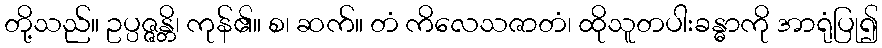
တို့သည်။ ဥပ္ပဇ္ဇန္တိ၊ ကုန်၏။ စ၊ ဆက်။ တံ ကိလေသဇာတံ၊ ထိုသူတပါးခန္ဓာကို အာရုံပြု၍